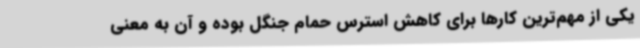
یکی از مهم‌ترین کارها برای کاهش استرس حمام جنگل بوده و آن به معنی